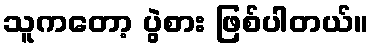
သူကတော့ ပွဲစား ဖြစ်ပါတယ်။